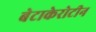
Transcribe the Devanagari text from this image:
बेटाकेरोटीन